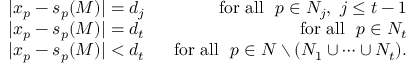
\begin{array} { r l r } & { | x _ { p } - s _ { p } ( M ) | = d _ { j } } & { \mathrm { ~ ~ f o r ~ a l l ~ ~ } p \in N _ { j } , ~ j \le t - 1 } \\ & { | x _ { p } - s _ { p } ( M ) | = d _ { t } } & { \mathrm { ~ ~ f o r ~ a l l ~ ~ } p \in N _ { t } } \\ & { | x _ { p } - s _ { p } ( M ) | < d _ { t } } & { \mathrm { ~ ~ f o r ~ a l l ~ ~ } p \in N \setminus ( N _ { 1 } \cup \dots \cup N _ { t } ) . } \end{array}